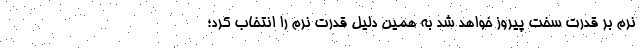
نرم بر قدرت سخت پیروز خواهد شد به همین دلیل قدرت نرم را انتخاب کرد؛